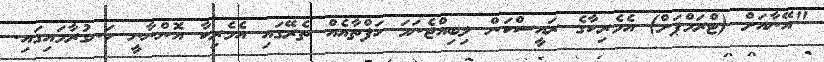
"އޭނާއަށް (ޓްރަމްޕަށް) އެމެރިކާގެ ރައީސްކަން ލިބިއްޖެނަމަ ހަފްތާއެއް ތެރޭގައި އެމެރިކާ އޮންނާނީ ހަނގުރާމައިގައި.